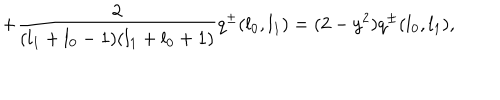
LaTeX: + \frac { 2 } { ( l _ { 1 } + l _ { 0 } - 1 ) ( l _ { 1 } + l _ { 0 } + 1 ) } q ^ { \pm } ( l _ { 0 } , l _ { 1 } ) = ( 2 - y ^ { 2 } ) q ^ { \pm } ( l _ { 0 } , l _ { 1 } ) ,